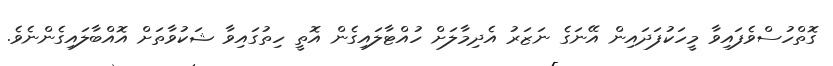
ގޮތްހުސްވެފައިވާ މީހަކުފަދައިން އޭނަގެ ނަޒަރު އެދިމާލަށް ހުއްޓާލައިގެން އޮތީ ހިތުގައިވާ ޝަކުވާތަށް އޮއްބާލައިގެންނެވެ.